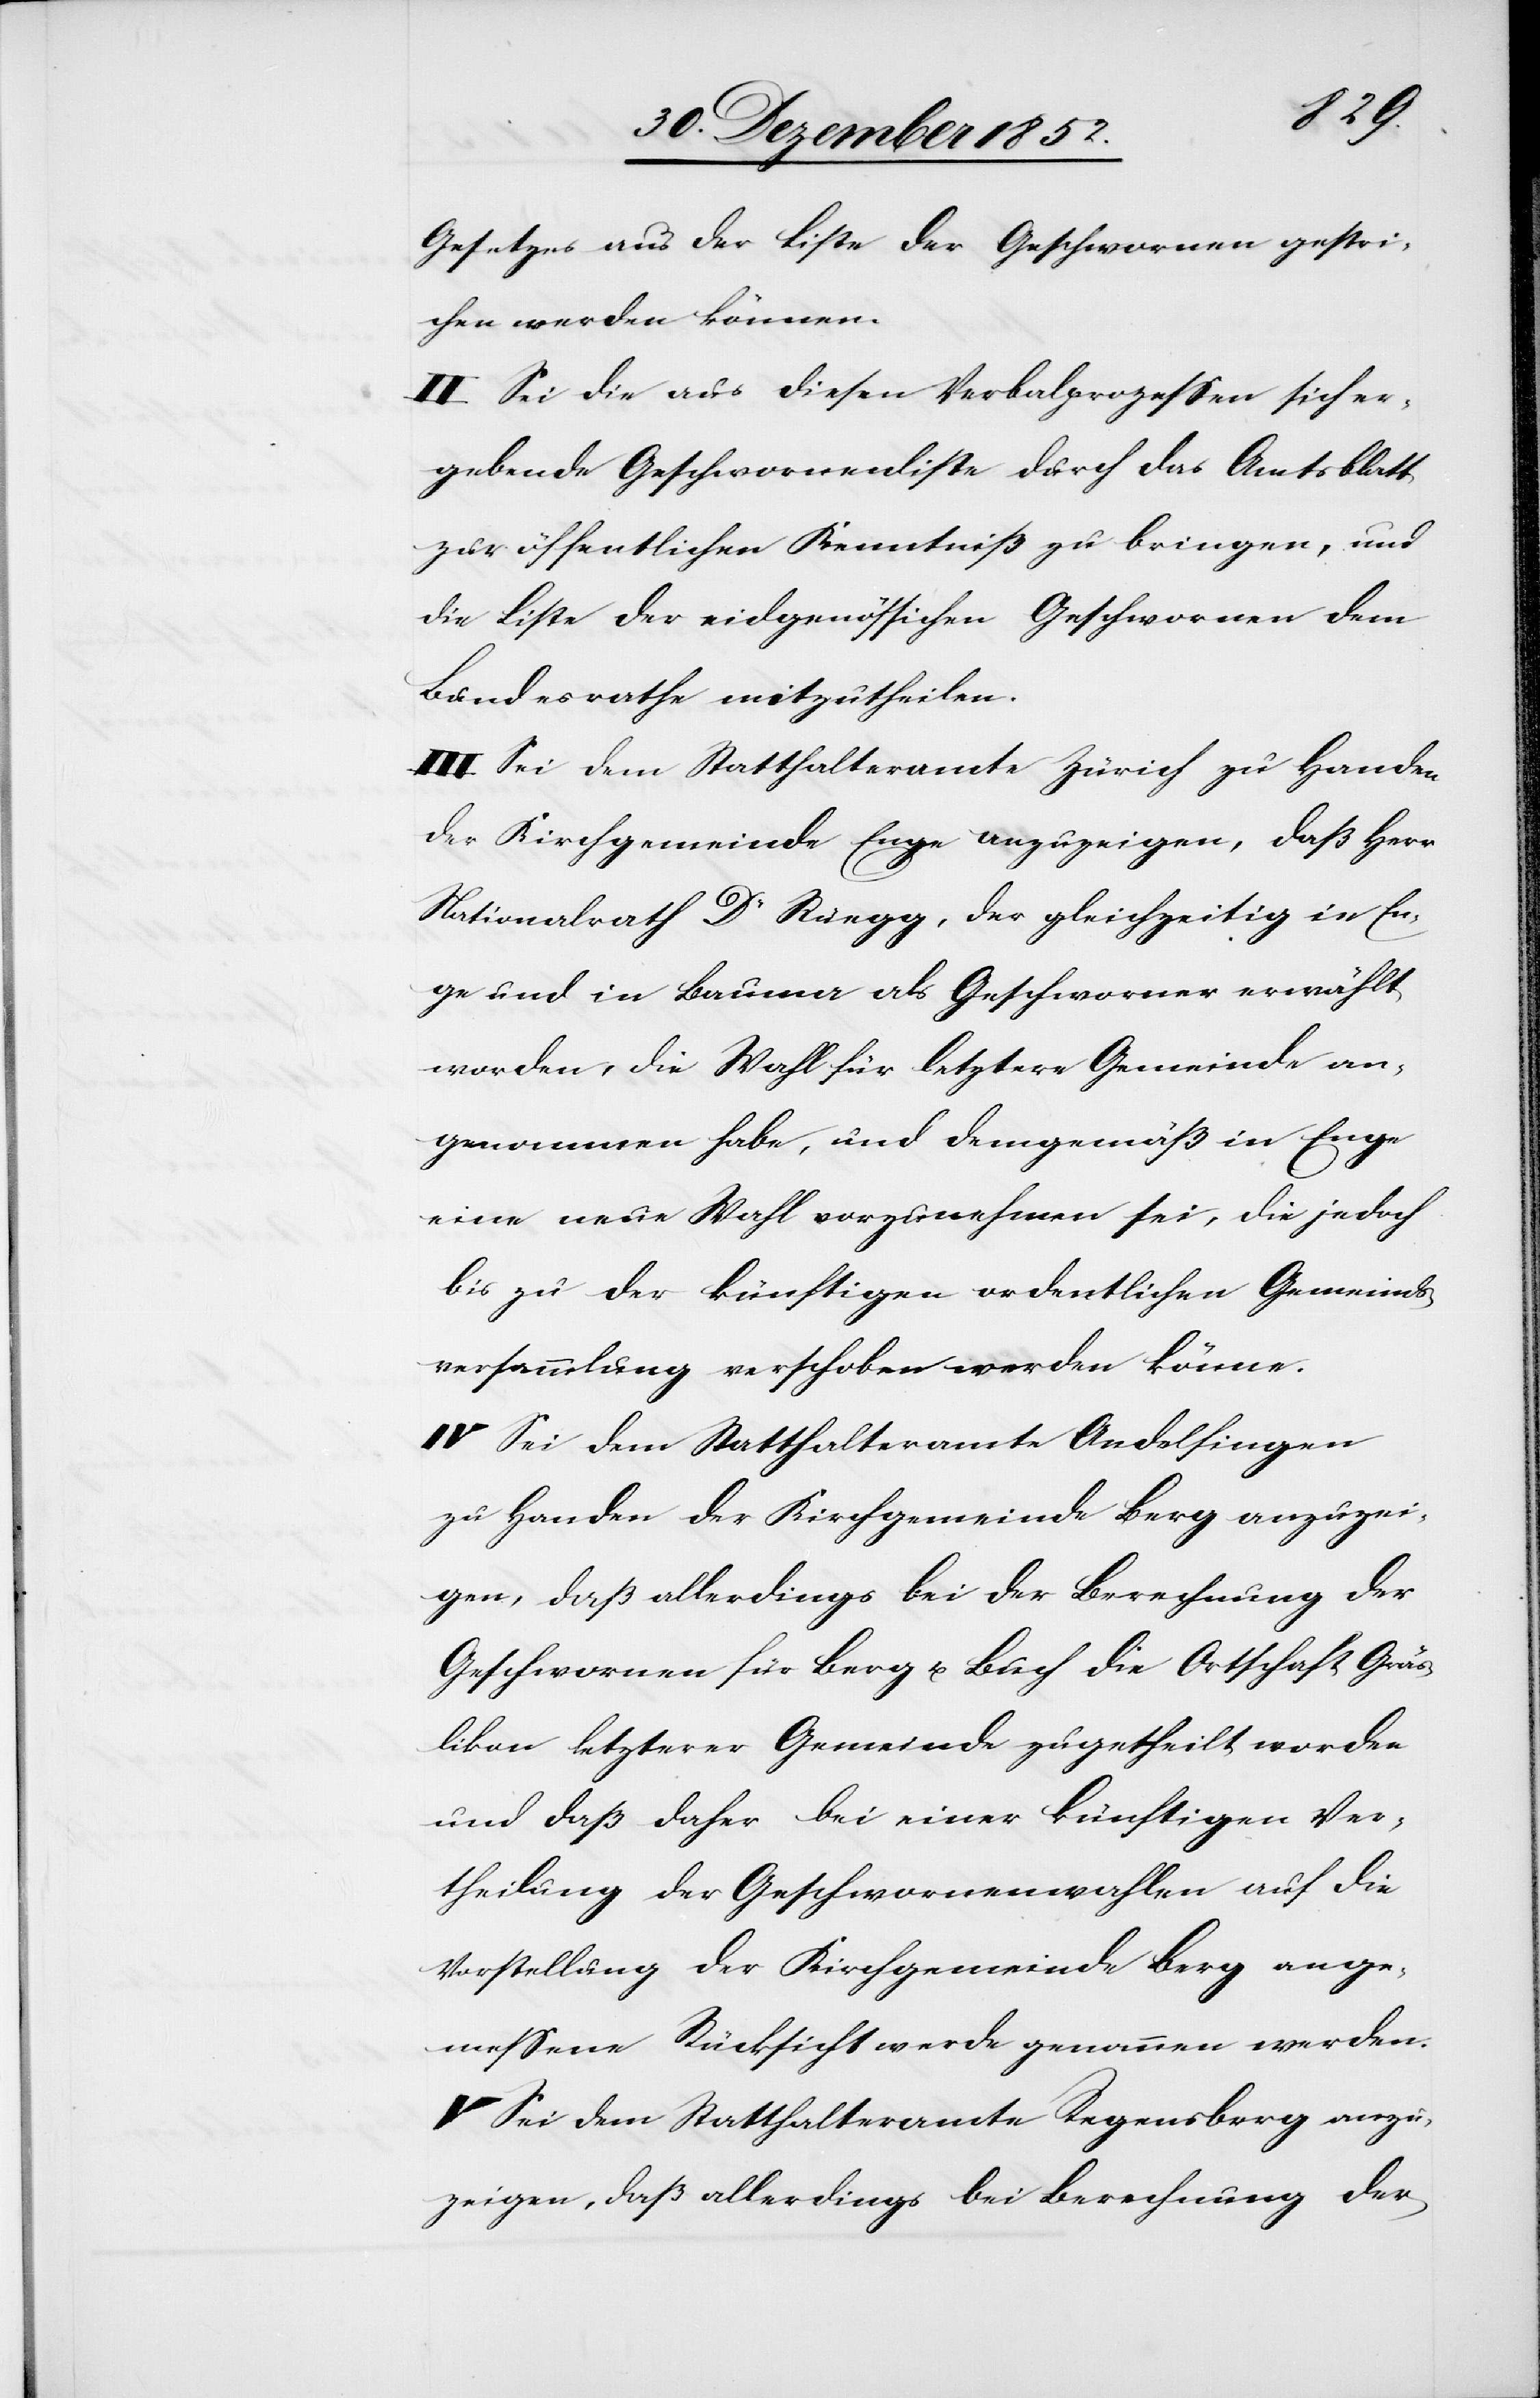
Gesetzes aus der Liste der Geschwornen gestri¬
chen werden können.
II Sei die aus diesen Verbalprozessen sich er¬
gebende Geschwornenliste durch das Amtsblatt
zur öffentlichen Kenntniß zu bringen, und
die Liste der eidgenössischen Geschwornen dem
Bundesrathe mitzutheilen.
III Sei dem Statthalteramte Zürich zu Handen
der Kirchgemeinde Enge anzuzeigen, daß Herr
Nationalrath Dr Rüegg, der gleichzeitig in En¬
ge und in Bauma als Geschworner erwählt
worden, die Wahl für letztere Gemeinde an¬
genommen habe, und demgemäß in Enge
eine neue Wahl vorzunehmen sei, die jedoch
bis zu der künftigen ordentlichen Gemeinds¬
versammlung verschoben werden könne.
IV Sei dem Statthalteramte Andelfingen
zu Handen der Kirchgemeinde Berg anzuzei¬
gen, daß allerdings bei der Berechnung der
Geschwornen für Berg u. Buch die Ortschaft Gräs¬
likon letzterer Gemeinde zugetheilt worden
und daß daher bei einer künftigen Ver¬
theilung der Geschwornenwahlen auf die
Vorstellung der Kirchgemeinde Berg ange¬
messene Rücksicht werde genommen werden.
V Sei dem Statthalteramte Regensberg anzu¬
zeigen, daß allerdings bei Berechnung der